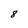
Character: 8